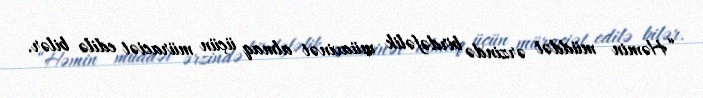
“Həmin müddət ərzində birdəfəlik müavinət almaq üçün müraciət edilə bilər.